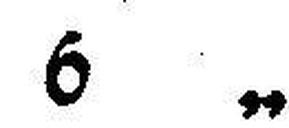
6 „